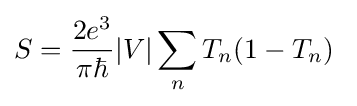
S={\frac {2e^{3}}{\pi \hbar }}\vert V\vert \sum _{n}T_{n}(1-T_{n})\